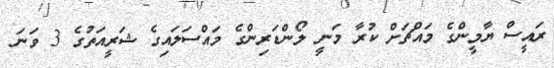
ރައީސް ޔާމީންގެ މައްޗަށް ކުރާ މަނީ ލޯންޑަރިންގެ މައްސަލައިގެ ޝަރީއަތުގެ 3 ވަނަ